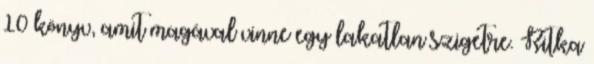
10 könyv, amit magával vinne egy lakatlan szigetre. Ritka